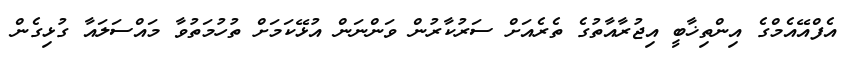
އެފްއޭއެމްގެ އިންތިޚާބީ އިޖުރާއާތުގެ ތެރެއަށް ސަރުކާރުން ވަންނަން އުޅޭކަމަށް ތުހުމަތުވާ މައްސަލައާ ގުޅިގެން